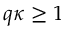
q \kappa \geq 1